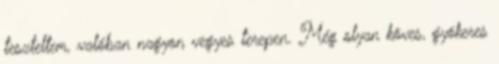
teszteltem, valóban nagyon vegyes terepen. Még olyan köves, gyökeres